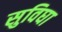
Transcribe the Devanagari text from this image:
सुविघा